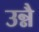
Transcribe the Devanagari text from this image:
उन्नै